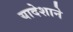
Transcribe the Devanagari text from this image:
यादेशाने